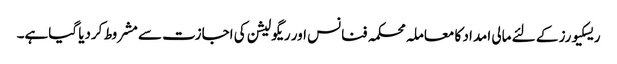
ریسکیورز کے لئے مالی امداد کا معاملہ محکمہ فنانس اور ریگولیشن کی اجازت سے مشروط کردیا گیاہے۔